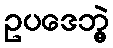
ဥပဒေဘွဲ့